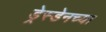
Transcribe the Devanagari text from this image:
ड्रेस्डेनच्या